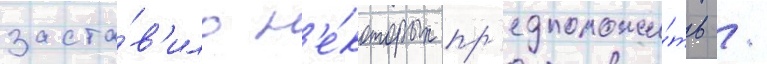
заста́в'ило н'е́которых пр'едположи́ть /